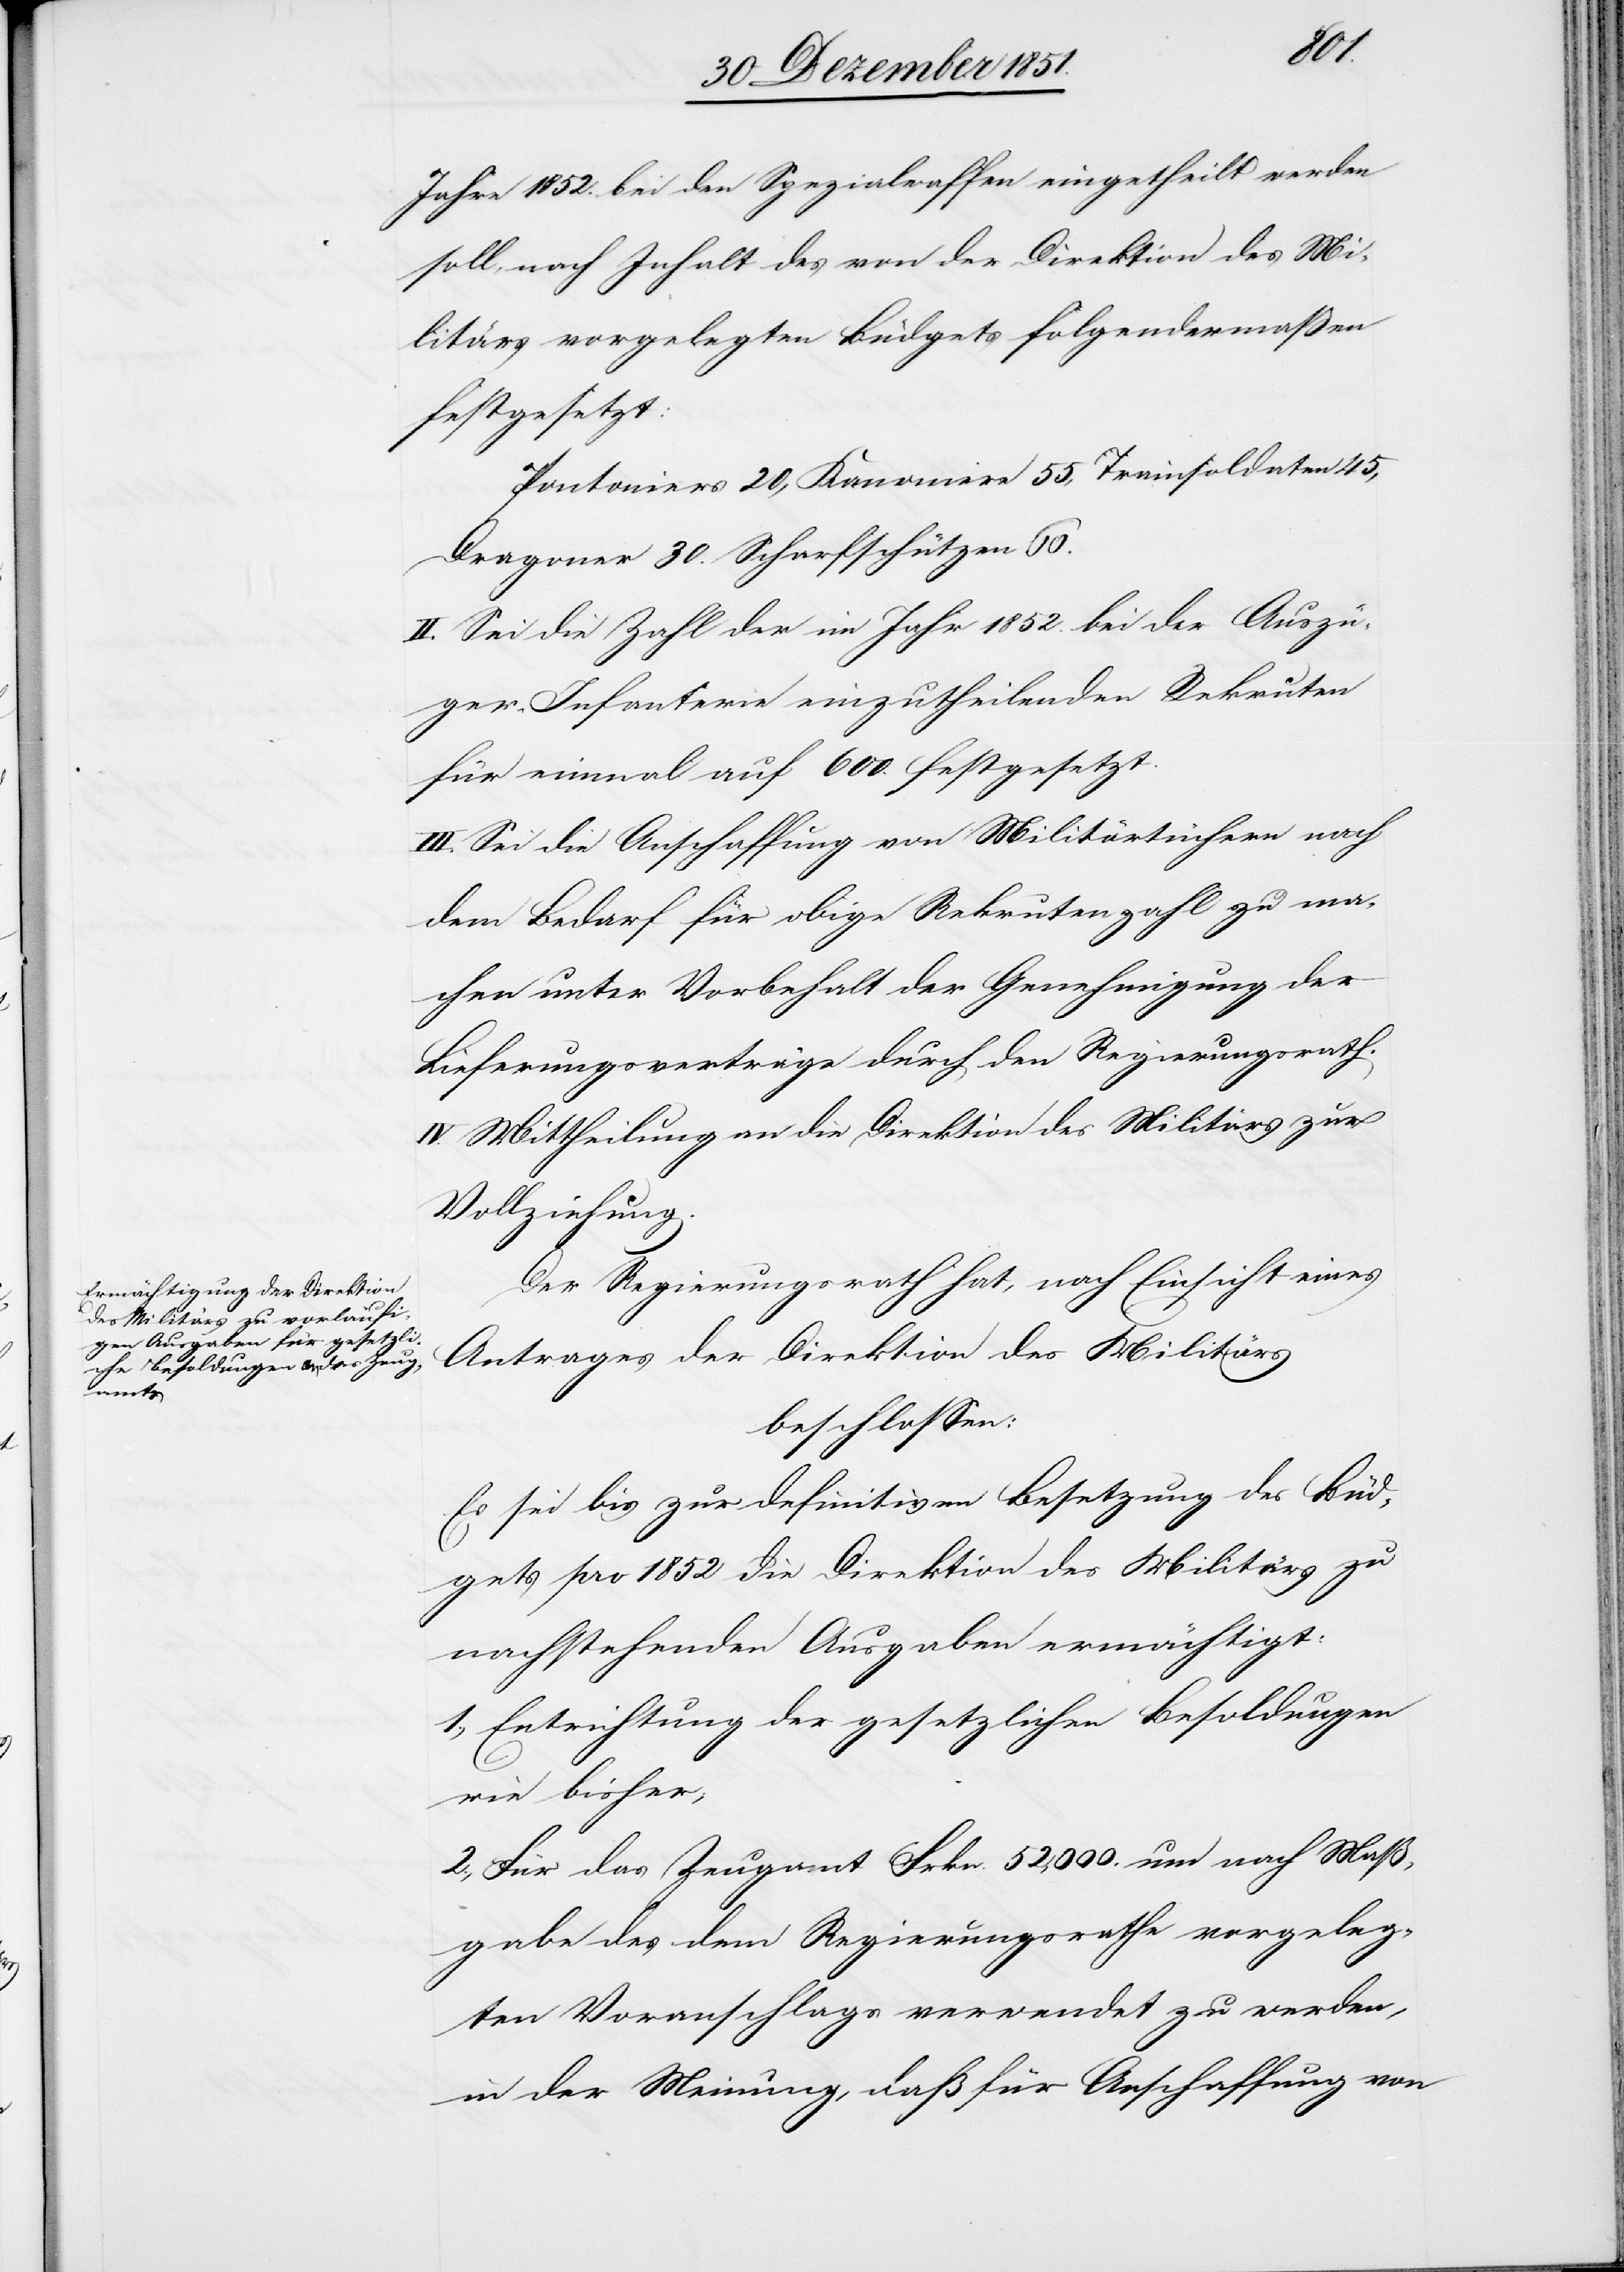
Jahre 1852. bei den Spezialwaffen eingetheilt werden
soll, nach Inhalt des von der Direktion des Mi¬
litärs vorgelegten Büdgets folgendermaßen
festgesetzt:
Pontoniers 20, Kanoniere 55, Trainsioldaten 45,
Dragoner 30. Scharfschützen 60.
II. Sei die Zahl der im Jahr 1852. bei der Auszü¬
ger-Infanterie einzutheilenden Rekruten
für einmal auf 600. festgesetzt.
III. Sei die Anschaffung von Militärtüchern nach
dem Bedarf für obige Rekrutenzahl zu ma¬
chen unter Vorbehalt der Genehmigung der
Lieferungsverträge durch den Regierungsrath.
IV. Mittheilung an die Direktion des Militärs zur
Vollziehung.
Der Regierungsrath hat, nach Einsicht eines
Antrages der Direktion des Militärs
beschlossen:
Es sei bis zur definitiven Besetzung des Büd¬
gets pro 1852 die Direktion des Militärs zu
nachstehenden Ausgaben ermächtigt:
1., Entrichtung der gesetzlichen Besoldungen
wie bisher;
2., Für das Zeugamt Frkn. 52,000. um nach Maß¬
gabe des dem Regierungsrathe vorgeleg¬
ten Voranschlags verwendet zu werden,
in der Meinung, daß für Anschaffung von